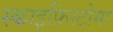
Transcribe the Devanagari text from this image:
स्काइफ़िस्टोमा